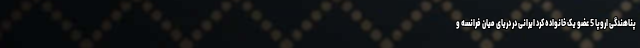
پناهندگی اروپا 5 عضو یک خانواده کُرد ایرانی در دریای میان فرانسه و